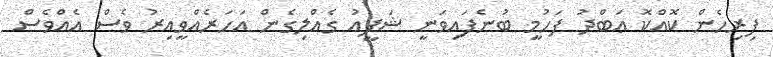
ފިރިހެން ކޮއްކޮ ޢަބްދު ފަހުމީ ބުނެފައިވަނީ ޝަފީއު ގެއްލިގެން އަހަރެއްވީއިރު ވެސް އެއްވެސް